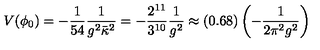
V ( \phi _ { 0 } ) = - \frac { 1 } { 5 4 } \frac { 1 } { g ^ { 2 } \bar { \kappa } ^ { 2 } } = - \frac { 2 ^ { 1 1 } } { 3 ^ { 1 0 } } \frac { 1 } { g ^ { 2 } } \approx ( 0 . 6 8 ) \left( - \frac { 1 } { 2 \pi ^ { 2 } g ^ { 2 } } \right)